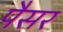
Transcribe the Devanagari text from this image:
पैसर